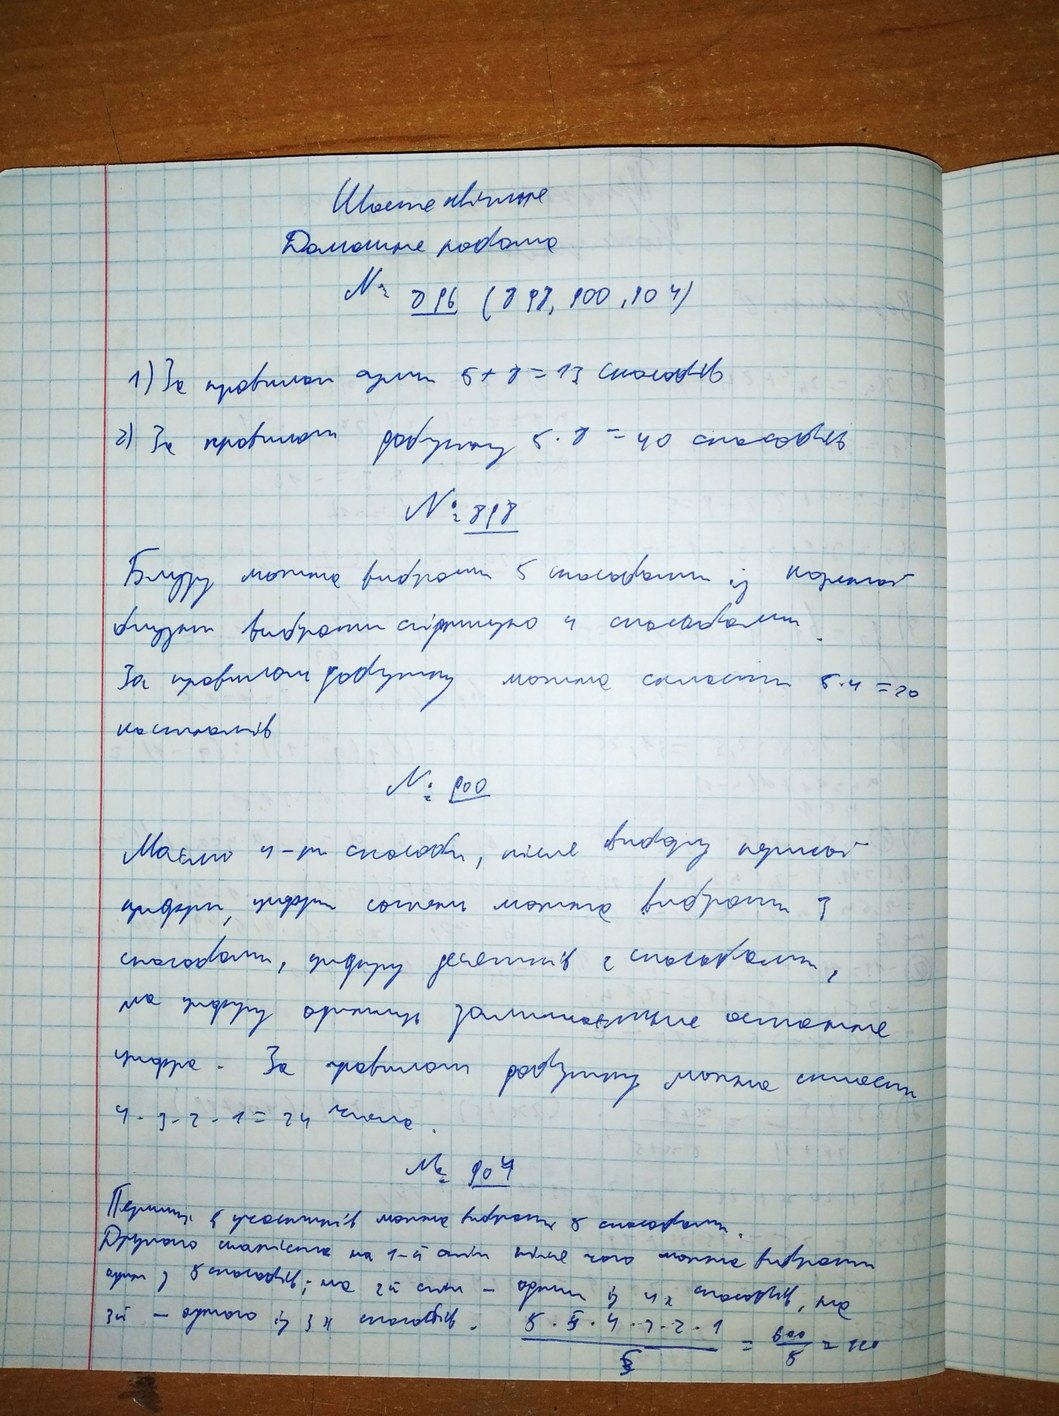
Шосте квітня
Домашня робота
№ 896 (898, 900, 904)
1) За правилом суми 5 + 8 = 13 способів
2) За правилом добутку 5 · 8 = 40 способів
№ 898
Блузу можна вибрати 5 способами із коретої
блузки вибрати спідницю 4 способами.
За правилом добутку можна скласти 5 ⋅ 4 = 20
костюмів
№ 900
Маємо 4-ри способи, після вибору першої
цифри, цифри сотень можно выбрать 3
способами, цифру десятків 2 способами,
та цифру одиниць залишається остання
цифра. За правилом добутку можна скласти
4 ⋅ 3 ⋅ 2 ⋅ 1 = 24 числа
№ 904
Перших 5 учасників можна вибрати 8 способами.
Другого ставлять на 1-й  стіл після чого можно вибрати
один з 5 способів; на 2й стіл - один з 42 способів, та
3й- одного з 34 способів. (5⋅5⋅4⋅1⋅2⋅1)/5=600/5=120